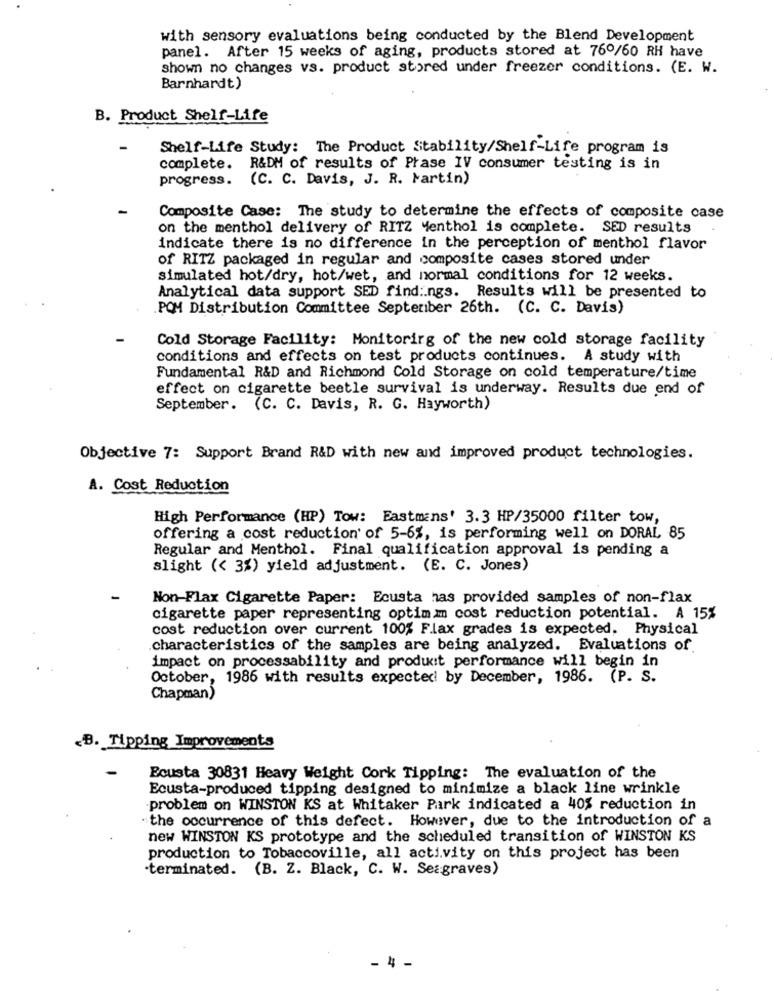
with sensory evaluations being conducted by the Blend Development
panel. After 15 weeks of aging, products stored at 76º/60 RH have
shown no changes vs. product stored under freezer conditions. (E. W.
Barnhardt)
B. Product Shelf-Life
Shelf-Life Study: The Product Stability/Shelf-Life program is
complete.
R&DM of results of Prase IV consumer testing is in
progress.
(C. C. Davis, J. R. Martin)
Composite Case: The study to determine the effects of composite case
on the menthol delivery of RITZ Menthol is complete. SED results
indicate there is no difference in the perception of menthol flavor
of RITZ packaged in regular and composite cases stored under
simulated hot/dry, hot/wet, and normal conditions for 12 weeks.
Analytical data support SED findings. Results will be presented to
POM Distribution Committee September 26th. (C. C. Davis)
Cold Storage Facility: Monitoring of the new cold storage facility
conditions and effects on test products continues. A study with
Fundamental R&D and Richmond Cold Storage on cold temperature/time
effect on cigarette beetle survival is underway. Results due end of
September. (C. C. Davis, R. G. Hayworth)
Objective 7: Support Brand R&D with new and improved product technologies.
A. Cost Reduction
High Performance (HP) Tow: Eastmans' 3.3 HP/35000 filter tow,
offering a cost reduction of 5-6%, is performing well on DORAL 85
Regular and Menthol. Final qualification approval is pending a
slight (< 3%) yield adjustment. (E. C. Jones)
Non-Flax Cigarette Paper: Ecusta has provided samples of non-flax
cigarette paper representing optimmm cost reduction potential. A 15%
cost reduction over current 100% Flax grades is expected. Physical
characteristics of the samples are being analyzed. Evaluations of
impact on processability and product performance will begin in
October, 1986 with results expected! by December, 1986. (P. S.
Chapman)
B. Tipping Improvements
Ecusta 30831 Heavy Weight Cork Tipping: The evaluation of the
Ecusta-produced tipping designed to minimize a black line wrinkle
problem on WINSTON KS at Whitaker Park indicated a 40% reduction in
"the occurrence of this defect. However, due to the introduction of a
new WINSTON KS prototype and the scheduled transition of WINSTON KS
production to Tobaccoville, all activity on this project has been
-terminated. (B. Z. Black, C. W. Seagraves)
- 4 -